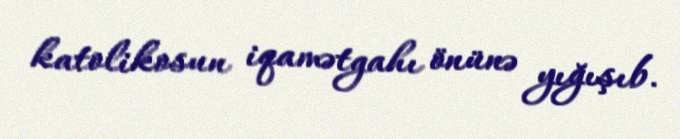
katolikosun iqamətgahı önünə yığışıb.